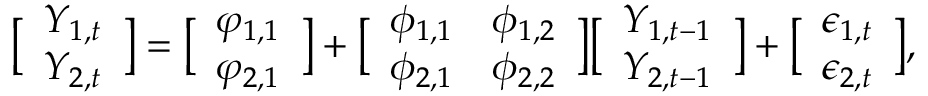
\bigl [ \begin{array} { l } { Y _ { 1 , t } } \\ { Y _ { 2 , t } } \end{array} \bigr ] = \bigl [ \begin{array} { l } { \varphi _ { 1 , 1 } } \\ { \varphi _ { 2 , 1 } } \end{array} \bigr ] + \bigl [ \begin{array} { l l } { \phi _ { 1 , 1 } } & { \phi _ { 1 , 2 } } \\ { \phi _ { 2 , 1 } } & { \phi _ { 2 , 2 } } \end{array} \bigr ] \bigl [ \begin{array} { l } { Y _ { 1 , t - 1 } } \\ { Y _ { 2 , t - 1 } } \end{array} \bigr ] + \bigl [ \begin{array} { l } { \epsilon _ { 1 , t } } \\ { \epsilon _ { 2 , t } } \end{array} \bigr ] ,